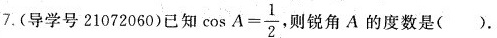
7.(导学号21072060)已知$$\cos A = \frac { 1 } { 2 }$$，则锐角A的度数是( ).